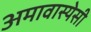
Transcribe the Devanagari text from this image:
अमावास्येसी